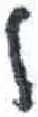
אות: ל